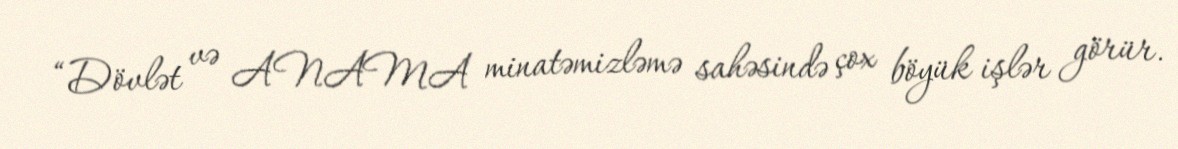
“Dövlət və ANAMA minatəmizləmə sahəsində çox böyük işlər görür.